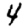
Digit: 4